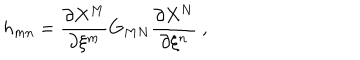
LaTeX: h _ { m n } = \frac { \partial X ^ { M } } { \partial \xi ^ { m } } G _ { M N } \frac { \partial X ^ { N } } { \partial \xi ^ { n } } \ ,